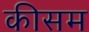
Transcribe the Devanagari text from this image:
कीसम